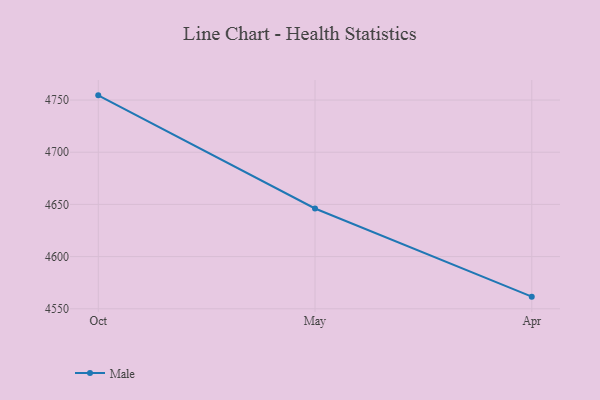
{"axis": {"x": "Month", "y": "Production Output"}, "legend": ["Male"], "data": [{"x": "Oct", "y": 4754.5, "type": "Male"}, {"x": "May", "y": 4646.1, "type": "Male"}, {"x": "Apr", "y": 4561.6, "type": "Male"}]}